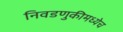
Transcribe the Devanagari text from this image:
निवडणुकीमध्येच